Lunatic asylums Punjab 1911-1921 - 1911-1921
Year: 1911
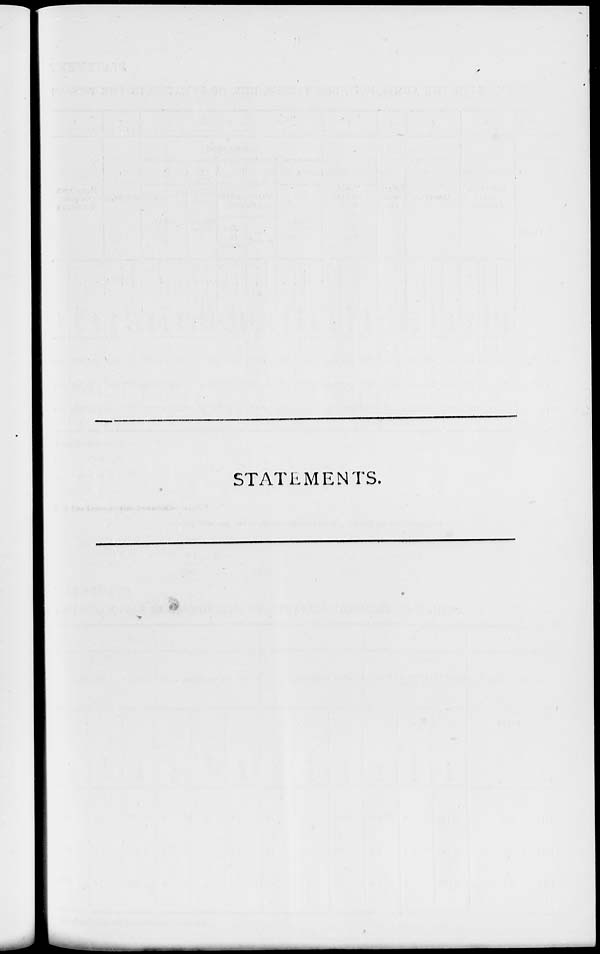
STATEMENTS.